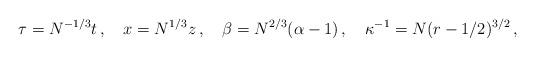
LaTeX: \begin{align*}\tau = N^{-1/3} t\, ,\quad x = N^{1/3} z\, ,\quad \beta = N^{2/3} (\alpha -1)\, ,\quad \kappa^{-1} = N (r-1/2)^{3/2}\, ,\end{align*}